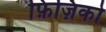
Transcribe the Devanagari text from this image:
फ़िज़िको